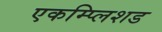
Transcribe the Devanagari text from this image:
एकम्प्लिशड